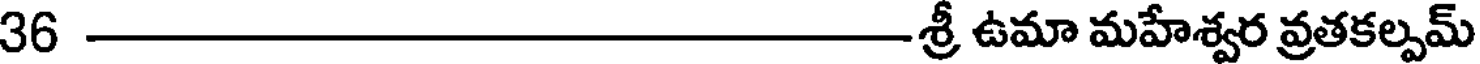
36శ్రీ ఉమా మహేశ్వర వ్రతకల్పమ్